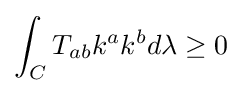
\int _{C}T_{ab}k^{a}k^{b}d\lambda \geq 0